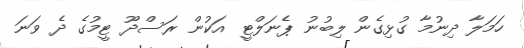
ހަމަލާ ދިނުމާ ގުޅިގެން ލިބުނު ޕެނަލްޓީ އަކުން ރަސްދޫ ޓީމުގެ ދެ ވަނަ